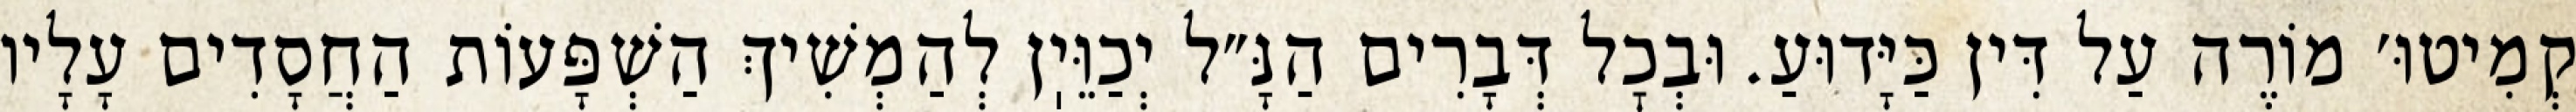
קְמִיטוּ׳ מוֹרֶה עַל דִּין כַּיָּדוּעַ. וּבְכׇל דְּבָרִים הַנָּ״ל יְכַוֵּיֽן לְהַמְשִׁיךְ הַשְׁפָּעוֹת הַחֲסָדִים עָלָיו